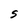
Character: S